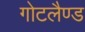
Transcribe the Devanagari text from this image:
गोटलैण्ड